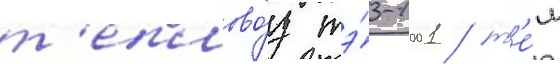
т'еплово́з тэ́3-1001 / т'е́м